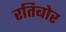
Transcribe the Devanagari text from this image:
रतिबोर